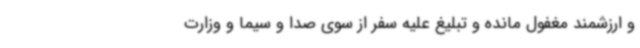
و ارزشمند مغفول مانده و تبلیغ علیه سفر از سوی صدا و سیما و وزارت